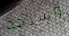
وسنجد